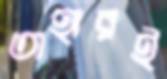
তাহারই